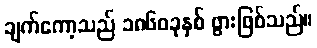
ချက်ကော့သည် ၁၈၆၀ခုနှစ် ဖွားဖြစ်သည်။